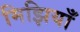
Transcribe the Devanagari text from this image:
मिझियाँ